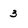
Character: 3